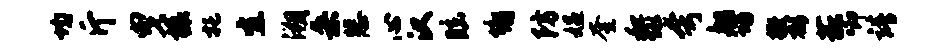
均斤曳榱托宜溯桑悲心汉眩墉防媪奎黎夸船功撒郁菰唧靖